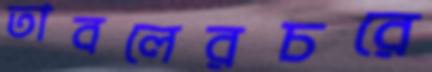
তাবলেরচরে